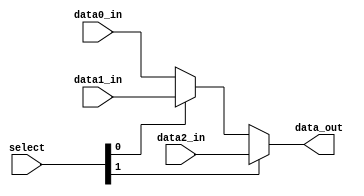
module MUX_3x32bit(    
    data0_in,
    data1_in,
    data2_in,
    select,
    data_out
);

input [31:0] data0_in, data1_in, data2_in;
input [1:0] select;
output [31:0] data_out;

assign data_out = (select[1]) ? data2_in : ((select[0]) ? data1_in : data0_in);

endmodule